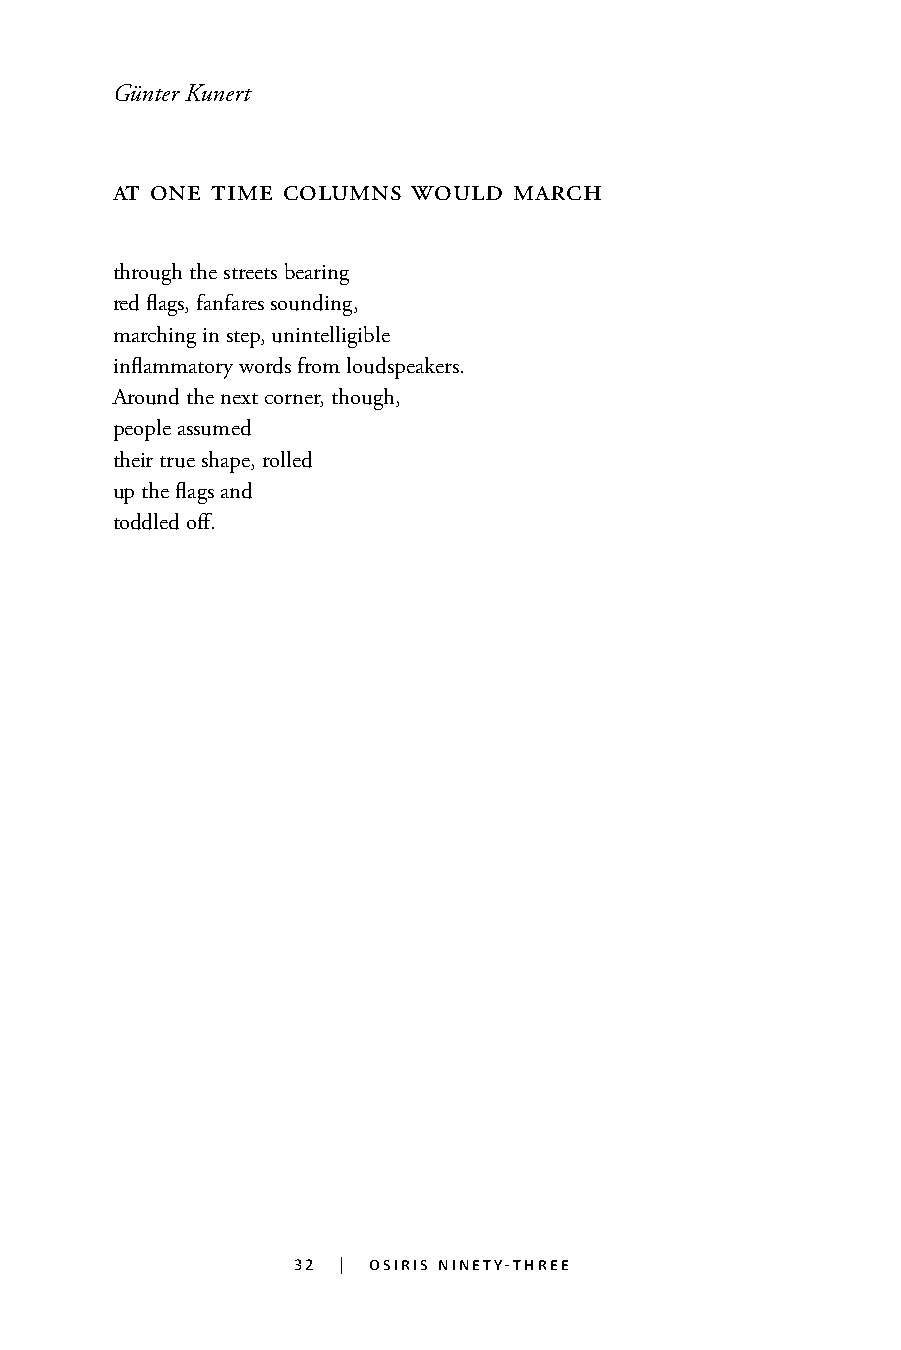
Günter Kunert
 at one time columns would  march
 through the streets bearing
 red flags, fanfares sounding,
 marching in step, unintelligible
 inflammatory words from loudspeakers.
 Around the next corner, though,
 people assumed
 their true shape, rolled
 up the flags and
 toddled off.
 32 | osiris ninety-three